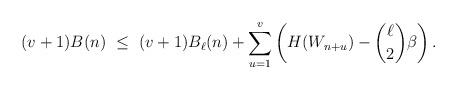
LaTeX: \begin{align*}(v+1) B(n) ~\leq~ &(v+1) B_\ell(n) + \sum_{u=1}^{v} \left( H(W_{n+u}) - \binom{\ell}{2} \beta \right). \end{align*}